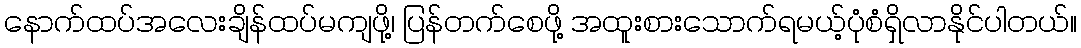
နောက်ထပ်အလေးချိန်ထပ်မကျဖို့၊ ပြန်တက်စေဖို့ အထူးစားသောက်ရမယ့်ပုံစံရှိလာနိုင်ပါတယ်။